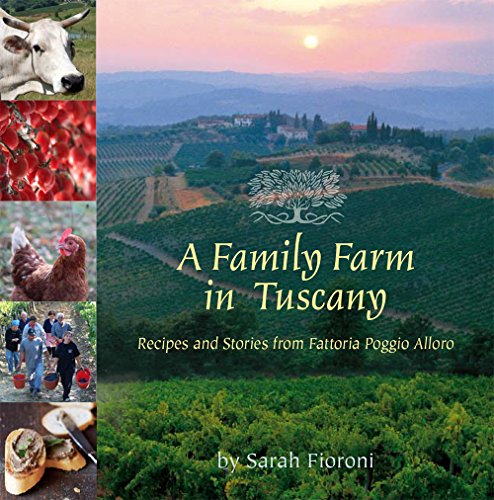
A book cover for A Family Farm in Tuscany: Recipes and Stories from Fattoria Poggio Alloro; Sarah Fioroni; Cookbooks, Food & Wine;